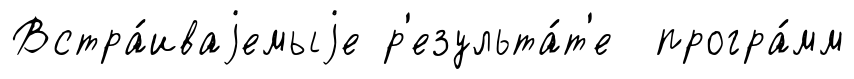
Встра́иваjемыjе р'езульта́т'е програ́мм